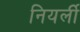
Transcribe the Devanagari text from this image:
नियर्ली